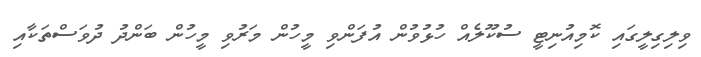
ވިލިގިލީގައި ކޮމިއުނިޓީ ސުކޫލެއް ހުޅުވުން އުފަންވި މީހުން މަރުވި މީހުން ބަންދު ދުވަސްތަކާއި